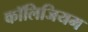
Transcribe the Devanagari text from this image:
कॉलिजियम